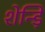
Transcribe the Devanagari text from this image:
शेन्ड़ि